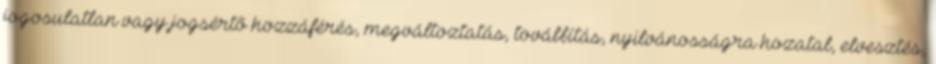
jogosulatlan vagy jogsértő hozzáférés, megváltoztatás, továbbítás, nyilvánosságra hozatal, elvesztés,